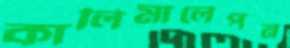
কালিমালেপন